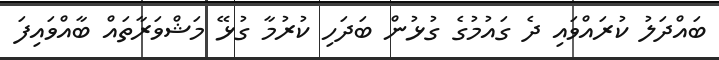
ބައްދަލު ކުރައްވައި ދެ ގައުމުގެ ގުޅުން ބަދަހި ކުރުމާ ގުޅޭ މަޝްވަރާތައް ބާއްވައިފަ